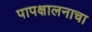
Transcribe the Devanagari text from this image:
पापक्षालनाचा